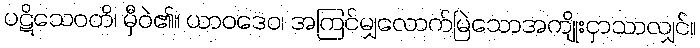
ပဋိသေဝတိ၊ မှီဝဲ၏။ ယာဝဒေဝ၊ အကြင်မျှလောက်မြဲသောအကျိုးငှာသာလျှင်။